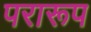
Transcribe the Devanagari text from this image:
परारूप